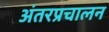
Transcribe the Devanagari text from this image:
अंतरप्रचालन